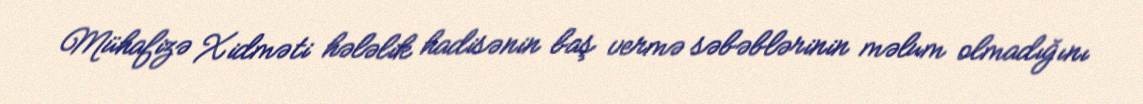
Mühafizə Xidməti hələlik hadisənin baş vermə səbəblərinin məlum olmadığını